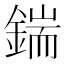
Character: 鍴